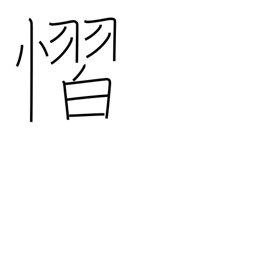
Meaning: fear